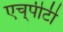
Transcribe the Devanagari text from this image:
एच्‌पीटी